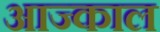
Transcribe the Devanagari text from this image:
आज्काल